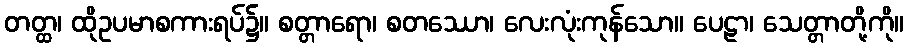
တတ္ထ၊ ထိုဥပမာစကားရပ်၌။ စတ္တာရော၊ စတဿော၊ လေးလုံးကုန်သော။ ပေဠာ၊ သေတ္တာတို့ကို။